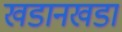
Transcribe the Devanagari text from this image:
खडानखडा